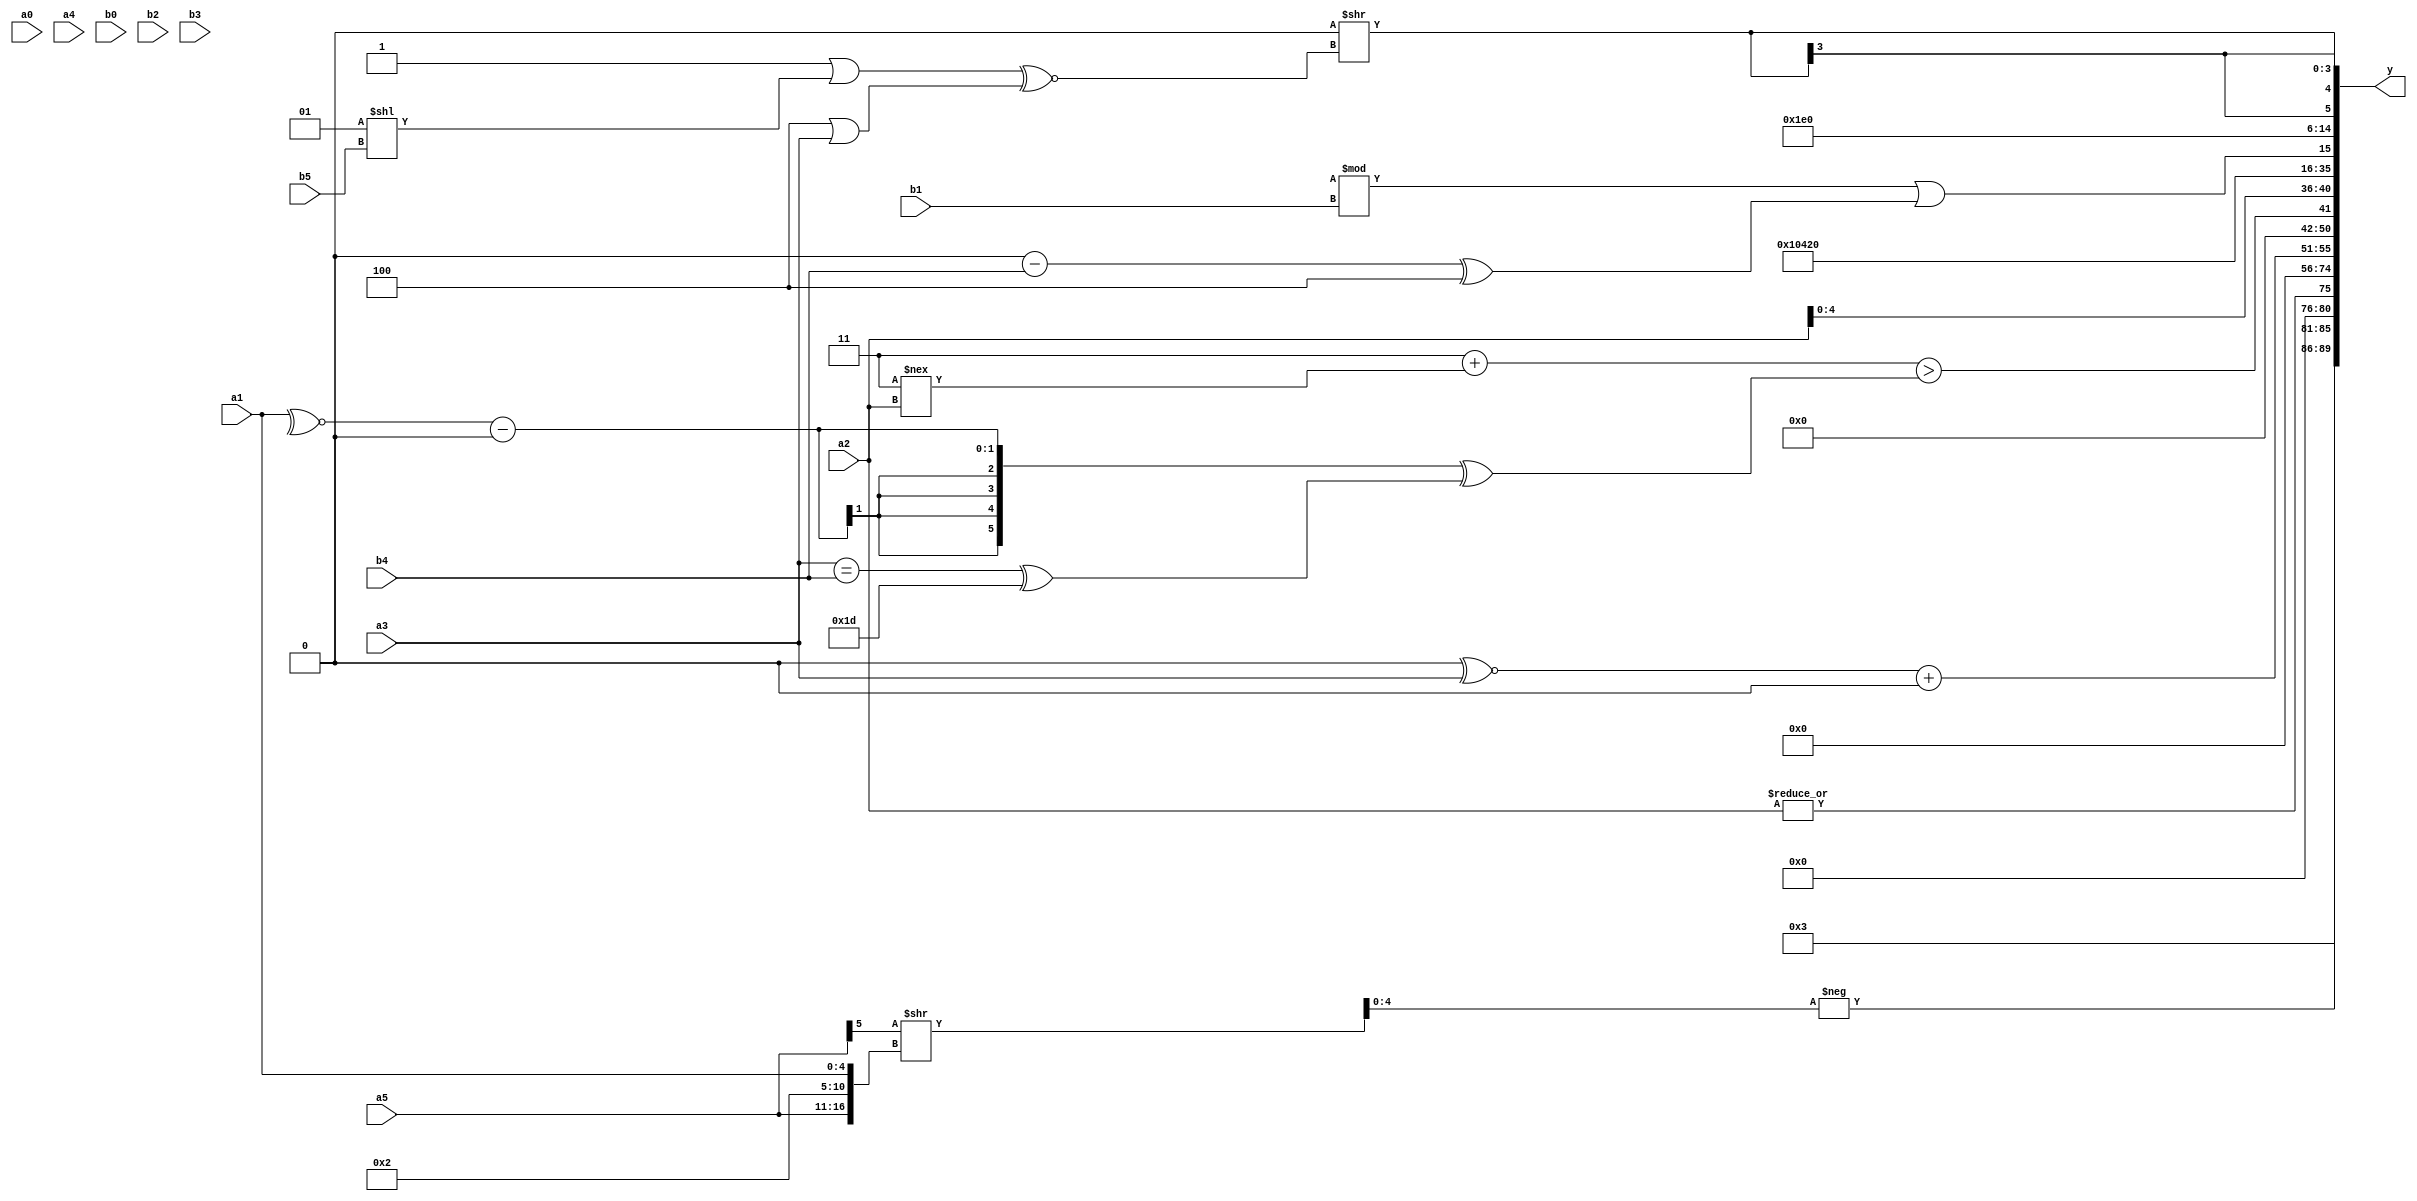
module expression_00598(a0, a1, a2, a3, a4, a5, b0, b1, b2, b3, b4, b5, y);
  input [3:0] a0;
  input [4:0] a1;
  input [5:0] a2;
  input signed [3:0] a3;
  input signed [4:0] a4;
  input signed [5:0] a5;

  input [3:0] b0;
  input [4:0] b1;
  input [5:0] b2;
  input signed [3:0] b3;
  input signed [4:0] b4;
  input signed [5:0] b5;

  wire [3:0] y0;
  wire [4:0] y1;
  wire [5:0] y2;
  wire signed [3:0] y3;
  wire signed [4:0] y4;
  wire signed [5:0] y5;
  wire [3:0] y6;
  wire [4:0] y7;
  wire [5:0] y8;
  wire signed [3:0] y9;
  wire signed [4:0] y10;
  wire signed [5:0] y11;
  wire [3:0] y12;
  wire [4:0] y13;
  wire [5:0] y14;
  wire signed [3:0] y15;
  wire signed [4:0] y16;
  wire signed [5:0] y17;

  output [89:0] y;
  assign y = {y0,y1,y2,y3,y4,y5,y6,y7,y8,y9,y10,y11,y12,y13,y14,y15,y16,y17};

  localparam [3:0] p0 = ((((5'sd9)<=(4'd10))>>>((4'd2)+(5'd30)))^(+((5'd1)!==(3'd7))));
  localparam [4:0] p1 = (~(^(3'sd0)));
  localparam [5:0] p2 = ((+((5'sd0)>>(4'sd7)))?(~(!(3'sd0))):(^((-2'sd1)+(-4'sd1))));
  localparam signed [3:0] p3 = (3'd4);
  localparam signed [4:0] p4 = (3'sd2);
  localparam signed [5:0] p5 = ((-2'sd0)|(4'd3));
  localparam [3:0] p6 = (2'd2);
  localparam [4:0] p7 = (~(((-4'sd7)%(3'd7))^~(~|(5'd4))));
  localparam [5:0] p8 = (-2'sd0);
  localparam signed [3:0] p9 = (2'sd1);
  localparam signed [4:0] p10 = (({(5'd24),(-3'sd2)}^~((3'd4)==(-3'sd3)))?{(&(-3'sd0)),(|(5'd29))}:(!((3'd2)-(4'd7))));
  localparam signed [5:0] p11 = {(((4'd4)?(4'd12):(5'sd5))+((-3'sd2)<<(2'd2))),(!((4'd5)>>(3'd2))),(+(4'sd2))};
  localparam [3:0] p12 = ((^((|(4'sd7))>=((4'sd1)>>>(-4'sd7))))<(((2'sd0)>(-2'sd1))===((3'd5)<(-5'sd14))));
  localparam [4:0] p13 = ({{(+(2'd1)),((4'd7)&(2'd0))}}>>>((!{(-4'sd5),(2'sd1),(3'd5)})||((-2'sd1)<(2'sd1))));
  localparam [5:0] p14 = ((~({(3'sd3)}>>{(2'd2)}))<<(((4'd6)-(3'sd0))>>>{(2'd3),(3'sd0)}));
  localparam signed [3:0] p15 = (!((((5'sd2)!==(3'd3))|((-4'sd2)?(2'sd1):(-3'sd2)))>>(((5'd18)?(5'd20):(-2'sd0))?((3'sd2)*(-3'sd0)):((2'd3)|(5'd6)))));
  localparam signed [4:0] p16 = (-(5'd0));
  localparam signed [5:0] p17 = (+{(~^(~&(-4'sd4)))});

  assign y0 = ({4{(p11-p14)}});
  assign y1 = (-(((+a5)>>>{p14})>>{a5,p11,a1}));
  assign y2 = (|a2);
  assign y3 = (!(2'd3));
  assign y4 = ((p12<<p2));
  assign y5 = (!(&(~^(+(~(!(|(~&(-(&(-(+(^p11)))))))))))));
  assign y6 = {a1,a3,p15};
  assign y7 = ((p17^~a3)+(!(p8?a5:p11)));
  assign y8 = ((~((!p12)?(~^p3):(p3<<p0)))?(~^((~^p7)?(~^p16):(p1|p17))):((a3<<<a1)?(p6/p6):(-p16)));
  assign y9 = $unsigned((($unsigned(((2'sd0)^$signed(p5)))+(((2'd3)!==(a2))))>(((~^a1)-$unsigned(p17))^((a3==b4)^(5'd29)))));
  assign y10 = {{2{(a4?p14:b3)}},({b1,a3,a1}?{p5}:{2{b4}}),{{b1},(b0?a2:a0),{3{a2}}}};
  assign y11 = (+(b2?p3:p3));
  assign y12 = {3{p9}};
  assign y13 = (((p8<=p5)>>(p10?p16:p17))&&((p2^p10)?{p4,a3}:(p9-p14)));
  assign y14 = (((p16-p8)%b1)||((p8-b4)^(p11<<p9)));
  assign y15 = (-(~|(^(|p0))));
  assign y16 = {(2'd0),((p7?p10:p16)==(-3'sd1))};
  assign y17 = $signed((((($unsigned(a0)*(b3>p1))<<((p12||p0)-(p2))))>>(((p12>=p16)||(p9<<b5))^~($signed(p3)|(a3)))));
endmodule